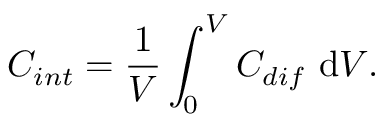
C _ { i n t } = \frac { 1 } { V } \int _ { 0 } ^ { V } C _ { d i f } \ \mathrm { d } V .